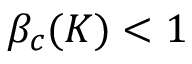
\beta _ { c } ( K ) < 1